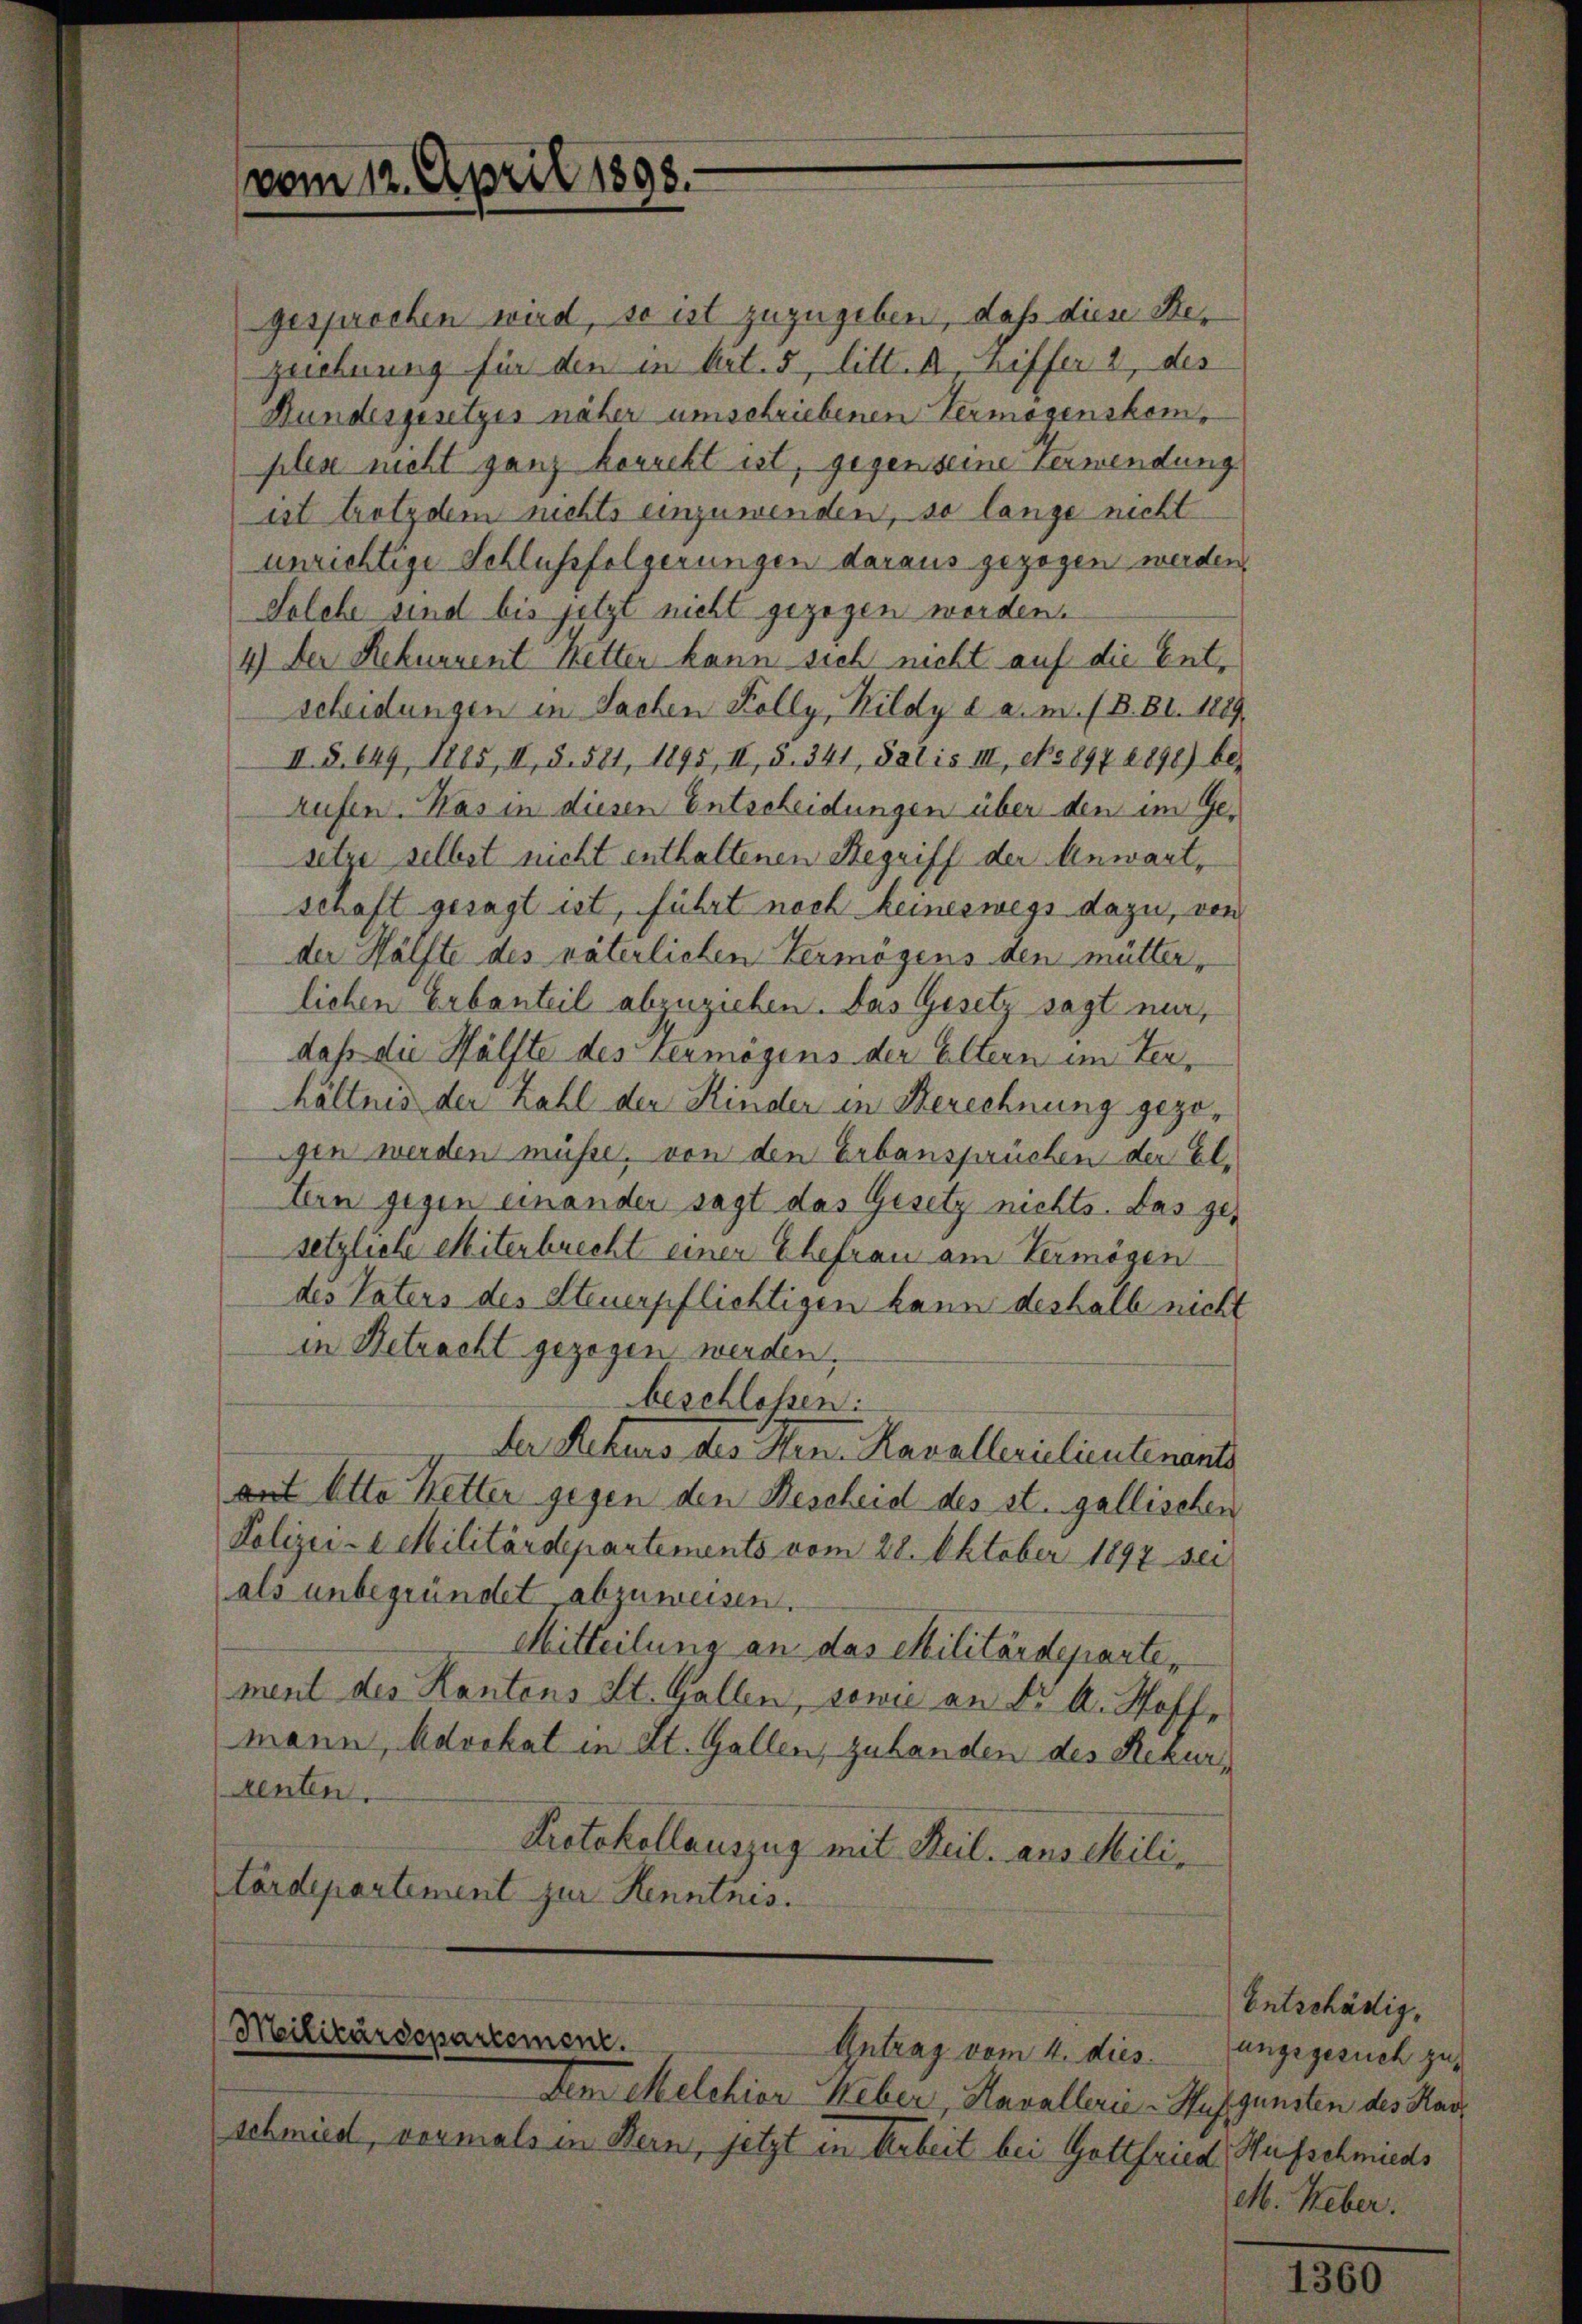
vom 12. April 1898.

gesprochen wird, so ist zuzugeben, daß dies Her
zeichnung für den in Art. 5, litt. A niffer 2, des
Bundesgesetzes näher umschriebenen Vermögenskomplen nicht ganz korrekt ist, gegen seine Verwendung
ist trotzdem nichts einzuwenden, so lange nicht
unrichtige Schlussfolgerungen daraus gezogen werden.
Selche sind bis jetzt nicht gezogen werden.
4) Der Rekurrent Ketter kann sich nicht auf die Entscheidungen in Sachen Kolly, Kildy a. a. m. / B. Bl. 1889.
II. S. 649, 1885, II, S. 581, 1895, II, S. 341, Salis III, No 897 1898) bes
Aufen. Was in diesen Entscheidungen über den im Gesetze selbst nicht enthaltenen Begriff der Anwart,
schaft gesagt ist, führt noch keineswegs dazu, von
der Hälfte des väterlichen Vermögens den mütter-
lichen Erbanteil abzuziehen. Das Gesetz sagt mir,
daß die Hälfte des Vermögens der Eltern im Terhältnis der Zahl der Kinder in Berechnung gezogen werden müsse, von den Erbansprüchen der Eltern gegen einander sagt das Gesetz nichts. Das ges
setzliche Miterbrecht einer Ehefrau am Vermögen
des Vaters des Steuerpflichtigen kann deshalb nicht
in Betracht gezogen werden.
beschlossen:
Der Rekurs des Hrn. Kavallerielieutenante
ant Otto Ketter gegen den Bescheid des st. gallischen
Polizei- l Militärdepartements vom 28. Oktober 1897 sei
als unbegründet abzuweisen.
Mitteilung an das Militärdeparte,
ment des Kantons St. Gallen, sowie an Dr A. Stoffe
mann, Advokat in St. Gallen, zu handen des Rekurdenten.
Protokollauszug mit Beil. aus Militärdepartement zur Kenntnis.

Militärdepartement.
Intrag vom 4. dies

Dem Melchior Weber, Havallerie - Hufgunsten des Harz
schmied, vormals in Bern, jetzt in Arbeit bei Gottfried

Entschädig
ungsgesuch zu
Hufschmieds
M. Keber.

1360